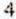
4